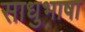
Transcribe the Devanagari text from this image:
साधुभाषा